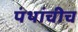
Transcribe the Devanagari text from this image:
पंथांचीच